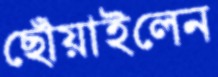
ছোঁয়াইলেন